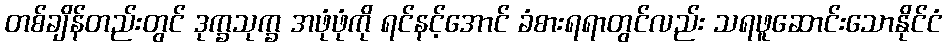
တစ်ချိန်တည်းတွင် ဒုက္ခသုက္ခ အဖုံဖုံကို ရင်နင့်အောင် ခံစားရရာတွင်လည်း သရဖူဆောင်းသောနိုင်ငံ